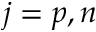
j = p , n